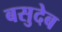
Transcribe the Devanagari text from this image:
बसुदेब